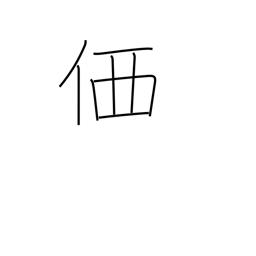
Meaning: price